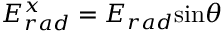
E _ { r a d } ^ { x } = E _ { r a d } \mathrm { s i n } \theta